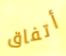
أتفاق